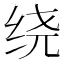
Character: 绕